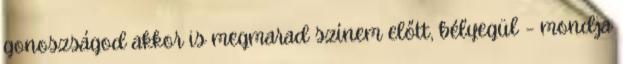
gonoszságod akkor is megmarad színem előtt, bélyegül – mondja